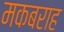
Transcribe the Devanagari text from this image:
मकबराह